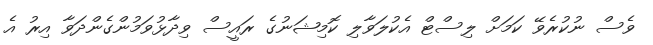
ވެސް ނުކުރެވޭ ކަމަށް ލިސްޓް އެކުލަވާލި ކޮމިޝަނުގެ ރައީސް ވިދާޅުވަމުންގެންދަވާ އިރު އެ